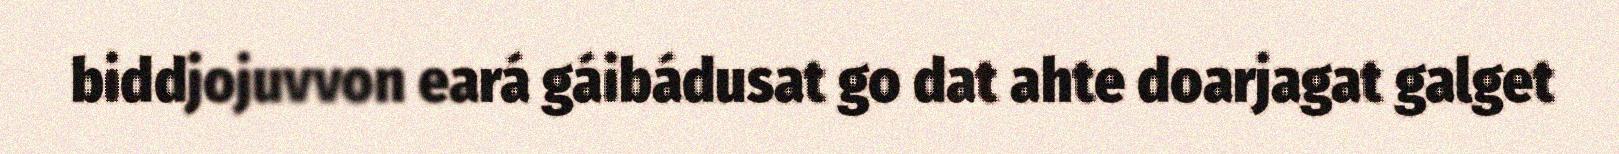
biddjojuvvon eará gáibádusat go dat ahte doarjagat galget